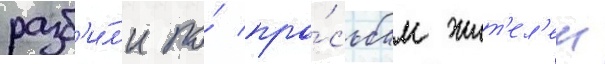
разб'и́л'и по́ про́сьбам жит'ел'еи